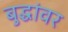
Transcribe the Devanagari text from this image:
बुद्धांवर